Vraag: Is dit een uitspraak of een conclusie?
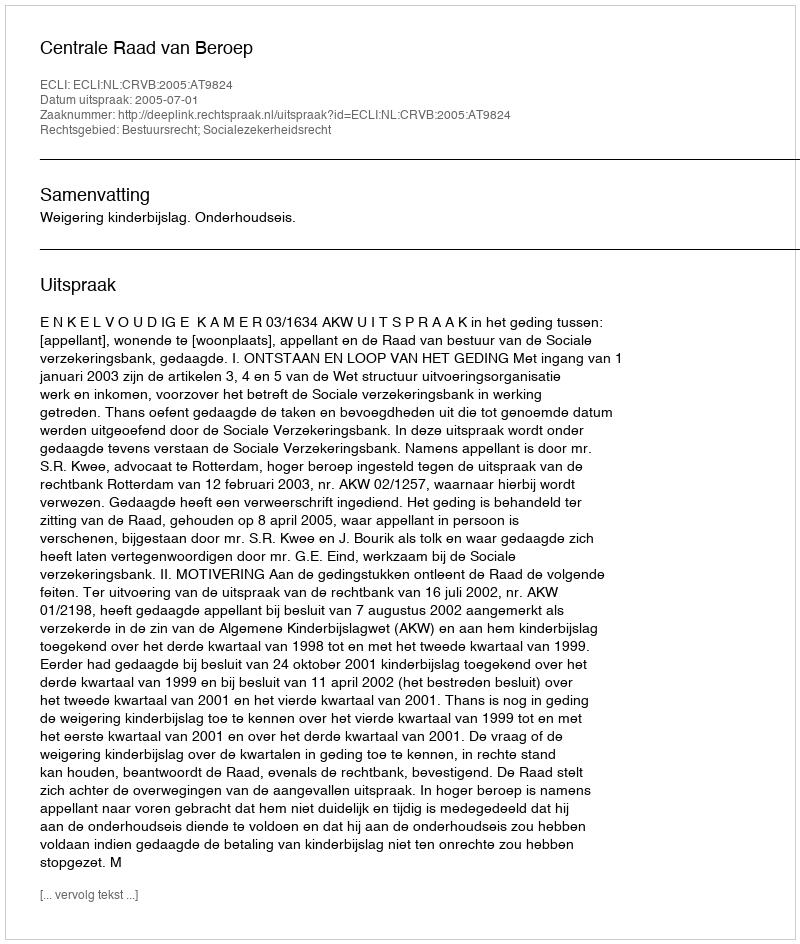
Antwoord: Uitspraak